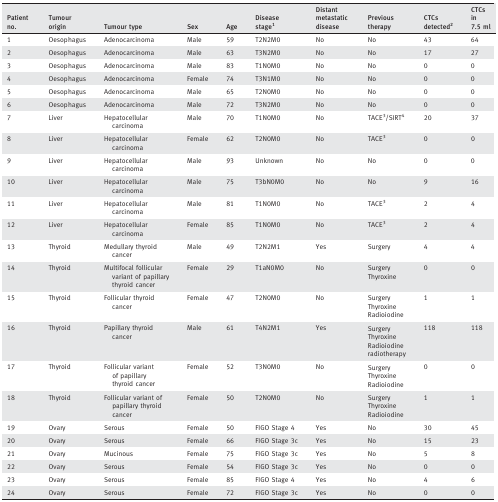
<table><thead><tr><td><b>Patient no.</b></td><td><b>Tumour origin</b></td><td><b>Tumour type</b></td><td><b>Sex</b></td><td><b>Age</b></td><td><b>Disease stagea</b></td><td><b>Distant metastatic disease</b></td><td><b>Previous therapy</b></td><td><b>CTCs detectedb</b></td><td><b>CTCs in 7.5 ml</b></td></tr></thead><tbody><tr><td>1</td><td>Oesophagus</td><td>Adenocarcinoma</td><td>Male</td><td>59</td><td>T2N2M0</td><td>No</td><td>No</td><td>43</td><td>64</td></tr><tr><td>2</td><td>Oesophagus</td><td>Adenocarcinoma</td><td>Male</td><td>63</td><td>T3N2M0</td><td>No</td><td>No</td><td>17</td><td>27</td></tr><tr><td>3</td><td>Oesophagus</td><td>Adenocarcinoma</td><td>Male</td><td>83</td><td>T1N0M0</td><td>No</td><td>No</td><td>0</td><td>0</td></tr><tr><td>4</td><td>Oesophagus</td><td>Adenocarcinoma</td><td>Female</td><td>74</td><td>T3N1M0</td><td>No</td><td>No</td><td>0</td><td>0</td></tr><tr><td>5</td><td>Oesophagus</td><td>Adenocarcinoma</td><td>Male</td><td>65</td><td>T2N0M0</td><td>No</td><td>No</td><td>0</td><td>0</td></tr><tr><td>6</td><td>Oesophagus</td><td>Adenocarcinoma</td><td>Male</td><td>72</td><td>T3N2M0</td><td>No</td><td>No</td><td>0</td><td>0</td></tr><tr><td>7</td><td>Liver</td><td>Hepatocellular carcinoma</td><td>Male</td><td>70</td><td>T1N0M0</td><td>No</td><td>TACEc/SIRTd</td><td>20</td><td>37</td></tr><tr><td>8</td><td>Liver</td><td>Hepatocellular carcinoma</td><td>Female</td><td>62</td><td>T2N0M0</td><td>No</td><td>TACEc</td><td>0</td><td>0</td></tr><tr><td>9</td><td>Liver</td><td>Hepatocellular carcinoma</td><td>Male</td><td>93</td><td>Unknown</td><td>No</td><td>No</td><td>0</td><td>0</td></tr><tr><td>10</td><td>Liver</td><td>Hepatocellular carcinoma</td><td>Male</td><td>75</td><td>T3bN0M0</td><td>No</td><td>No</td><td>9</td><td>16</td></tr><tr><td>11</td><td>Liver</td><td>Hepatocellular carcinoma</td><td>Male</td><td>81</td><td>T1N0M0</td><td>No</td><td>TACEc</td><td>2</td><td>4</td></tr><tr><td>12</td><td>Liver</td><td>Hepatocellular carcinoma</td><td>Female</td><td>85</td><td>T1N0M0</td><td>No</td><td>TACEc</td><td>2</td><td>4</td></tr><tr><td>13</td><td>Thyroid</td><td>Medullary thyroid cancer</td><td>Male</td><td>49</td><td>T2N2M1</td><td>Yes</td><td>Surgery</td><td>4</td><td>4</td></tr><tr><td>14</td><td>Thyroid</td><td>Multifocal follicular variant of papillary thyroid cancer</td><td>Female</td><td>29</td><td>T1aN0M0</td><td>No</td><td>SurgeryThyroxine</td><td>0</td><td>0</td></tr><tr><td>15</td><td>Thyroid</td><td>Follicular thyroid cancer</td><td>Female</td><td>47</td><td>T2N0M0</td><td>No</td><td>SurgeryThyroxineRadioiodine</td><td>1</td><td>1</td></tr><tr><td>16</td><td>Thyroid</td><td>Papillary thyroid cancer</td><td>Male</td><td>61</td><td>T4N2M1</td><td>Yes</td><td>SurgeryThyroxineRadioiodine radiotherapy</td><td>118</td><td>118</td></tr><tr><td>17</td><td>Thyroid</td><td>Follicular variant of papillary thyroid cancer</td><td>Female</td><td>52</td><td>T3N0M0</td><td>No</td><td>SurgeryThyroxineRadioiodine</td><td>0</td><td>0</td></tr><tr><td>18</td><td>Thyroid</td><td>Follicular variant of papillary thyroid cancer</td><td>Female</td><td>50</td><td>T2N0M0</td><td>No</td><td>SurgeryThyroxineRadioiodine</td><td>1</td><td>1</td></tr><tr><td>19</td><td>Ovary</td><td>Serous</td><td>Female</td><td>50</td><td>FIGO Stage 4</td><td>Yes</td><td>No</td><td>30</td><td>45</td></tr><tr><td>20</td><td>Ovary</td><td>Serous</td><td>Female</td><td>66</td><td>FIGO Stage 3c</td><td>Yes</td><td>No</td><td>15</td><td>23</td></tr><tr><td>21</td><td>Ovary</td><td>Mucinous</td><td>Female</td><td>75</td><td>FIGO Stage 3c</td><td>Yes</td><td>No</td><td>5</td><td>8</td></tr><tr><td>22</td><td>Ovary</td><td>Serous</td><td>Female</td><td>54</td><td>FIGO Stage 3c</td><td>Yes</td><td>No</td><td>0</td><td>0</td></tr><tr><td>23</td><td>Ovary</td><td>Serous</td><td>Female</td><td>85</td><td>FIGO Stage 4</td><td>Yes</td><td>No</td><td>4</td><td>6</td></tr><tr><td>24</td><td>Ovary</td><td>Serous</td><td>Female</td><td>72</td><td>FIGO Stage 3c</td><td>Yes</td><td>No</td><td>0</td><td>0</td></tr></tbody></table>